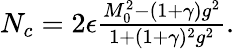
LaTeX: \begin{array}{r}{N_{c}=2\epsilon\frac{M_{0}^{2}-(1+\gamma)g^{2}}{1+(1+\gamma)^{2}g^{2}}.}\end{array}